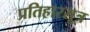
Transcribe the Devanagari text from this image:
प्रतिहारसूत्र